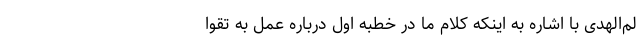
لم‌الهدی با اشاره به اینکه کلام ما در خطبه اول درباره عمل به تقوا